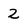
Character: 2